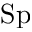
\mathrm { S p }